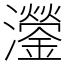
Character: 灐